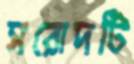
সরোদটি